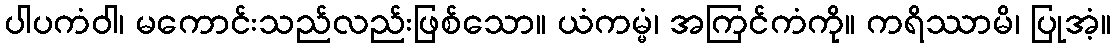
ပါပကံဝါ၊ မကောင်းသည်လည်းဖြစ်သော။ ယံကမ္မံ၊ အကြင်ကံကို။ ကရိဿာမိ၊ ပြုအံ့။